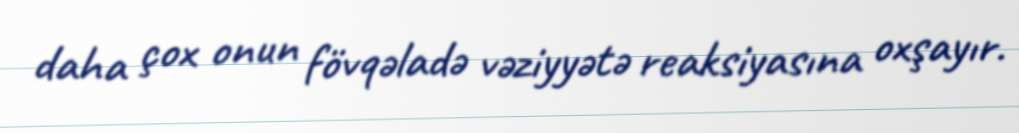
daha çox onun fövqəladə vəziyyətə reaksiyasına oxşayır.